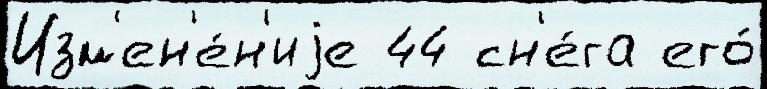
Изм'ен'е́н'иjе 44 сн'е́га его́